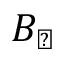
B _ { \perp }